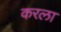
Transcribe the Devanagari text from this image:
करला